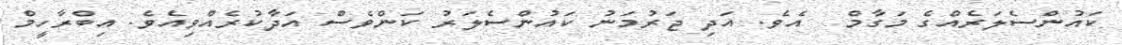
ކައުންސެލަރެއްގެ މަގާމް  އެވެ. އަދި ޖަރުމަނު ކައުންސެލަރު ކަންވެސް އަދާކުރެއްވިއެވެ. އިބްރާހީމް